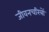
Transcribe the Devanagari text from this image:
जीवनचरित्रों